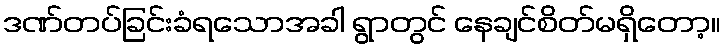
ဒဏ်တပ်ခြင်းခံရသောအခါ ရွာတွင် နေချင်စိတ်မရှိတော့။